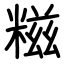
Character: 糍